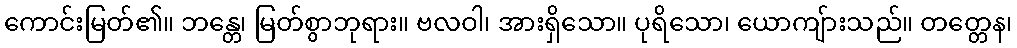
ကောင်းမြတ်၏။ ဘန္တေ၊ မြတ်စွာဘုရား။ ဗလဝါ၊ အားရှိသော။ ပုရိသော၊ ယောကျ်ားသည်။ တတ္တေန၊